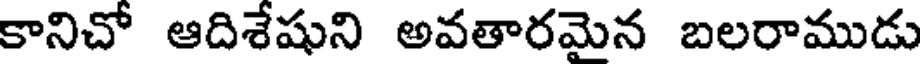
కానిచో ఆదిశేషుని అవతారమైన బలరాముడు